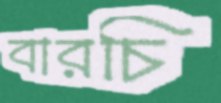
বারচি